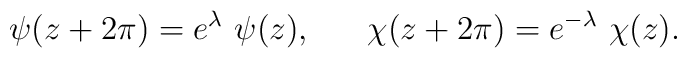
\psi(z+2\pi)=e^\lambda\,\,\psi(z),~~~~~\chi(z+2\pi)=e^{-\lambda}\,\,\chi(z).